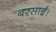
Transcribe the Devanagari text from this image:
बरसाईं।